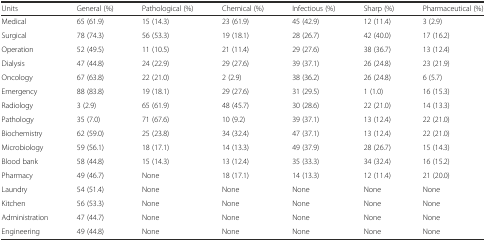
<table><thead><tr><td><b>Units</b></td><td><b>General (%)</b></td><td><b>Pathological (%)</b></td><td><b>Chemical (%)</b></td><td><b>Infectious (%)</b></td><td><b>Sharp (%)</b></td><td><b>Pharmaceutical (%)</b></td></tr></thead><tbody><tr><td>Medical</td><td>65 (61.9)</td><td>15 (14.3)</td><td>23 (61.9)</td><td>45 (42.9)</td><td>12 (11.4)</td><td>3 (2.9)</td></tr><tr><td>Surgical</td><td>78 (74.3)</td><td>56 (53.3)</td><td>19 (18.1)</td><td>28 (26.7)</td><td>42 (40.0)</td><td>17 (16.2)</td></tr><tr><td>Operation</td><td>52 (49.5)</td><td>11 (10.5)</td><td>21 (11.4)</td><td>29 (27.6)</td><td>38 (36.7)</td><td>13 (12.4)</td></tr><tr><td>Dialysis</td><td>47 (44.8)</td><td>24 (22.9)</td><td>29 (27.6)</td><td>39 (37.1)</td><td>26 (24.8)</td><td>23 (21.9)</td></tr><tr><td>Oncology</td><td>67 (63.8)</td><td>22 (21.0)</td><td>2 (2.9)</td><td>38 (36.2)</td><td>26 (24.8)</td><td>6 (5.7)</td></tr><tr><td>Emergency</td><td>88 (83.8)</td><td>19 (18.1)</td><td>29 (27.6)</td><td>31 (29.5)</td><td>1 (1.0)</td><td>16 (15.3)</td></tr><tr><td>Radiology</td><td>3 (2.9)</td><td>65 (61.9)</td><td>48 (45.7)</td><td>30 (28.6)</td><td>22 (21.0)</td><td>14 (13.3)</td></tr><tr><td>Pathology</td><td>35 (7.0)</td><td>71 (67.6)</td><td>10 (9.2)</td><td>39 (37.1)</td><td>13 (12.4)</td><td>22 (21.0)</td></tr><tr><td>Biochemistry</td><td>62 (59.0)</td><td>25 (23.8)</td><td>34 (32.4)</td><td>47 (37.1)</td><td>13 (12.4)</td><td>22 (21.0)</td></tr><tr><td>Microbiology</td><td>59 (56.1)</td><td>18 (17.1)</td><td>14 (13.3)</td><td>49 (37.9)</td><td>28 (26.7)</td><td>15 (14.3)</td></tr><tr><td>Blood bank</td><td>58 (44.8)</td><td>15 (14.3)</td><td>13 (12.4)</td><td>35 (33.3)</td><td>34 (32.4)</td><td>16 (15.2)</td></tr><tr><td>Pharmacy</td><td>49 (46.7)</td><td>None</td><td>18 (17.1)</td><td>14 (13.3)</td><td>12 (11.4)</td><td>21 (20.0)</td></tr><tr><td>Laundry</td><td>54 (51.4)</td><td>None</td><td>None</td><td>None</td><td>None</td><td>None</td></tr><tr><td>Kitchen</td><td>56 (53.3)</td><td>None</td><td>None</td><td>None</td><td>None</td><td>None</td></tr><tr><td>Administration</td><td>47 (44.7)</td><td>None</td><td>None</td><td>None</td><td>None</td><td>None</td></tr><tr><td>Engineering</td><td>49 (44.8)</td><td>None</td><td>None</td><td>None</td><td>None</td><td>None</td></tr></tbody></table>